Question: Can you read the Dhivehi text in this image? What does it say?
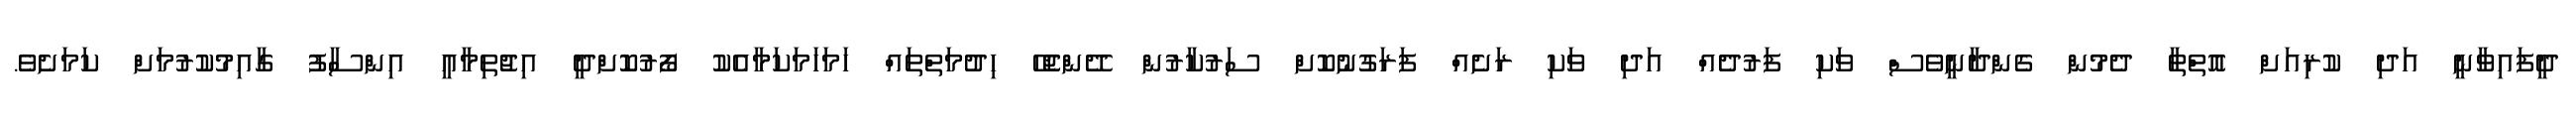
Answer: ދީފައިވާނީ އަދި ކުރިއަށް އޮތްތާ ދެމުން ގެންދާނީވެސް ވަކި ފަރުދެއް އަދި ވަކި ރަށެއް ފަރަގުނުކޮށް ސަރުކާރުން ދޭންޖެހޭ ހިދުމަތްތައް ހަމަހަމަކަމާއެކު ފޯރުކޮށްދީ އިޖުތިމާއީ އިންސާފު ގާއިމުކުރުމަށް ކަމަށެވެ.